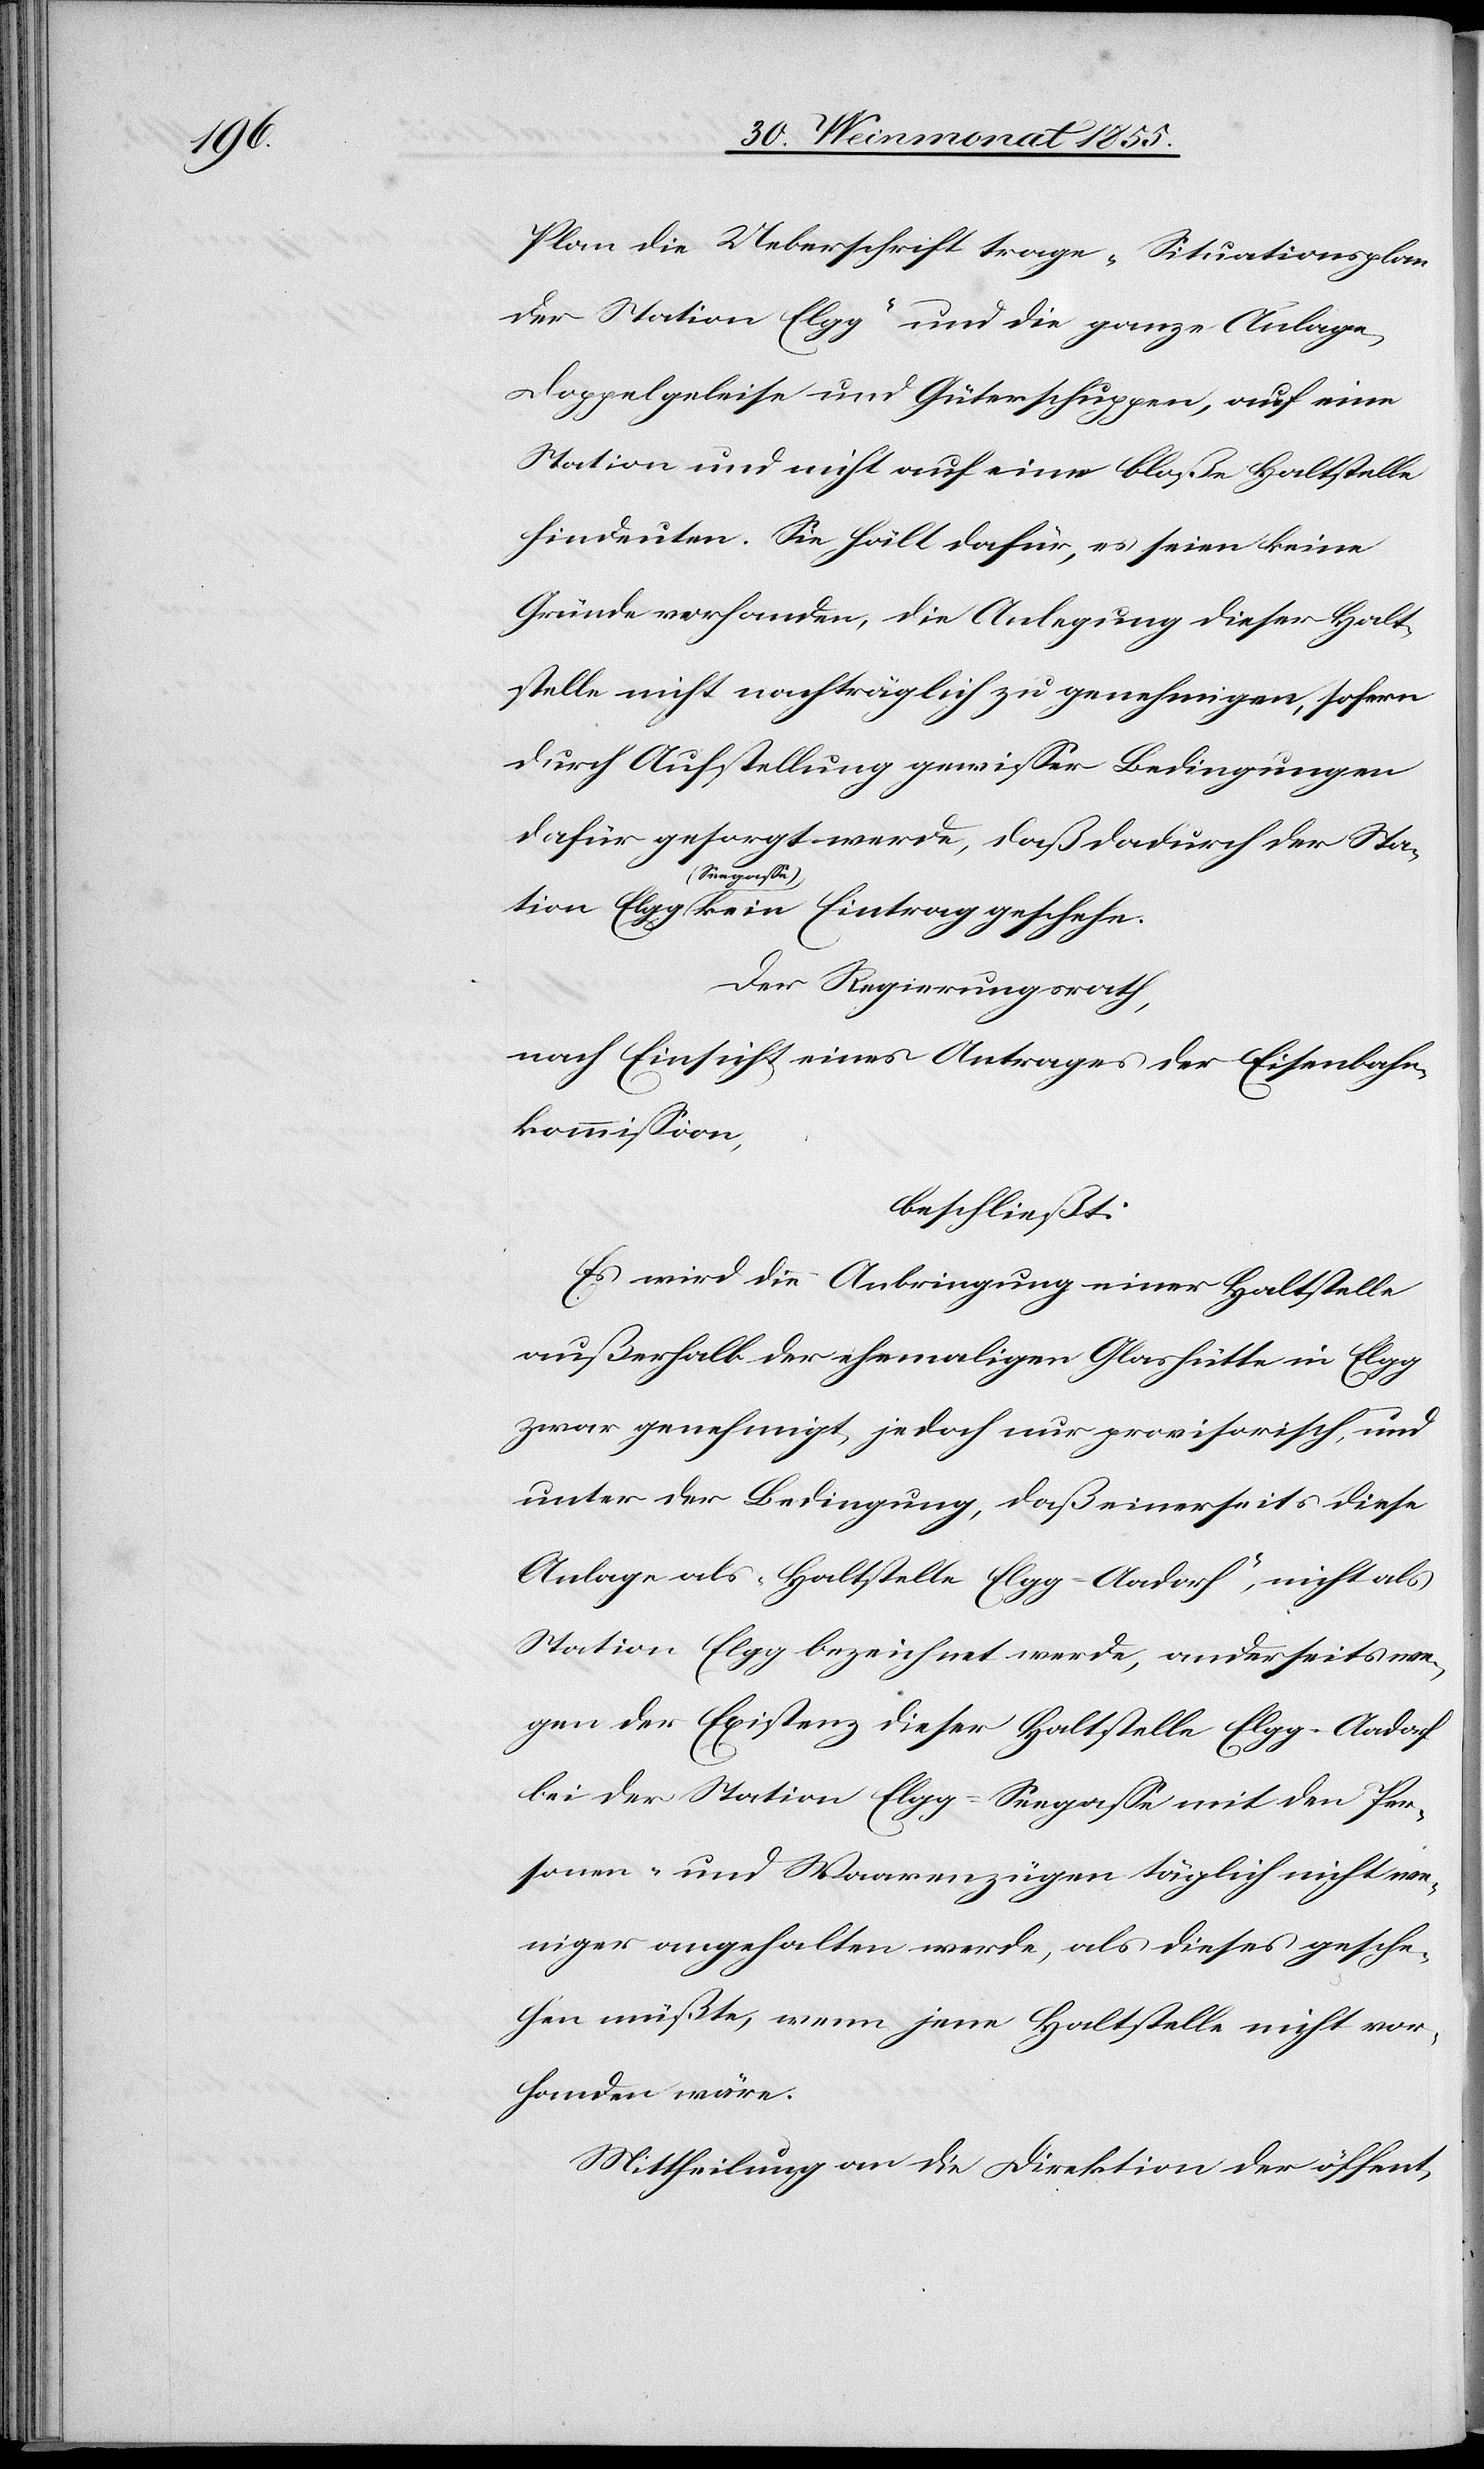
Plan die Ueberschrift trage „Situationsplan
der Station Elgg“ und die ganze Anlage,
Doppelgeleise und Güterschuppen, auf eine
Station und nicht auf eine bloße Haltstelle
hindeuten. Sie hält dafür, es seien keine
Gründe vorhanden, die Anlegung dieser Halt¬
stelle nicht nachträglich zu genehmigen, sofern
durch Aufstellung gewisser Bedingungen
dafür gesorgt werde, daß dadurch der Sta¬
geschehe.
Der Regierungsrath,
nach Einsicht eines Antrages der Eisenbahn¬
kommission,
beschließt:
Es wird die Anbringung einer Haltstelle
außerhalb der ehemaligen Glashütte in Elgg
zwar genehmigt, jedoch nur provisorisch, und
unter der Bedingung, daß einerseits diese
Anlage als „Haltstelle Elgg-Aadorf“, nicht als
Station Elgg bezeichnet werde, anderseits we¬
gen der Existenz dieser Haltstelle Elgg-Aadorf
bei der Station Elgg-Seegasse mit den Per¬
sonen- und Waarenzügen täglich nicht we¬
niger angehalten werde, als dieses gesche¬
hen müßte, wenn jene Haltstelle nicht vor¬
handen wäre.
Mittheilung an die Direktion der öffent-